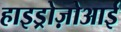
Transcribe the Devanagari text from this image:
हाइड्रोज़ोआई